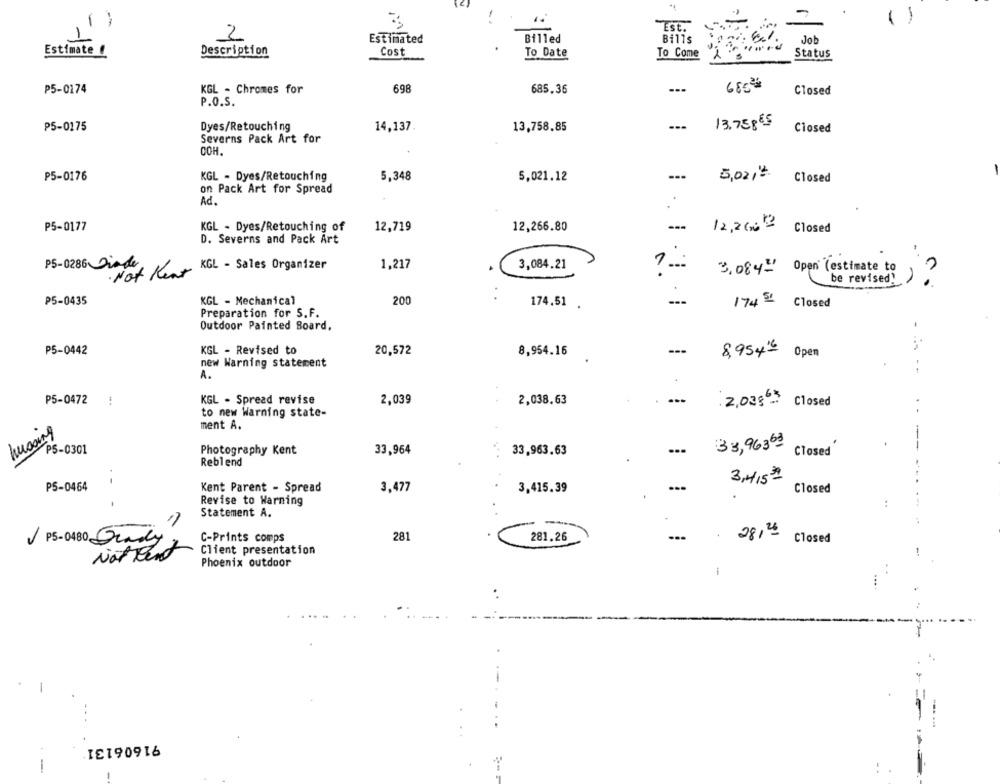
-
( )
ESE.
-
2
Estimated
Billed
Bills
Estimate !
Description
Cost
To Date
To Come
Status
₱5-0174
KGL - Chromes for
698
685.36
Closed
P.O.S.
---
13,758 €5
P5-0175
Dyes/Retouching
14,137.
13,758.85
Closed
Severns Pack Art for
COH.
P5-0176
KGL - Dyes/Retouching
5,348
5,021.12
---
5,021#
Closed
on Pack Art for Spread
Ad.
P5-0177
KGL - Dyes/Retouching of
12.719
12,266.80
---
12,200-
Closed
D. Severns and Pack Art
PS-0286 Diade
KGL - Sales Organizer
1,217
3,084.21
. Not Hear
3.084" Open (estimate to
be revised!
---
P5-0435
KGL - Mechanical
200
174.51 .
174 5'
Closed
Preparation for S.F.
Outdoor Painted Board,
P5-0442
KGL - Revised to
20,572
8,954.16
---
8,954- Open
new Warning statement
A.
P5-0472
!
KGL - Spread revise
2,039
2,038.63
2.038 Closed
to new Warning state-
ment A.
33,96363
P5-0301
Photography Kent
33,964
33,963.63
Closed"
Reblend
3,415 #
PS-0464
-
Kent Parent - Spread
3,477
3,415.39
Closed
Revise to Warning
Statement A.
- -
28,25
P5-0480 Grady
C-Prints comps
281
281.26
Closed
Not Pent
Client presentation
Phoenix outdoor
-
91606131
--